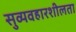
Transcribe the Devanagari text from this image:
सुव्यवहारशीलता